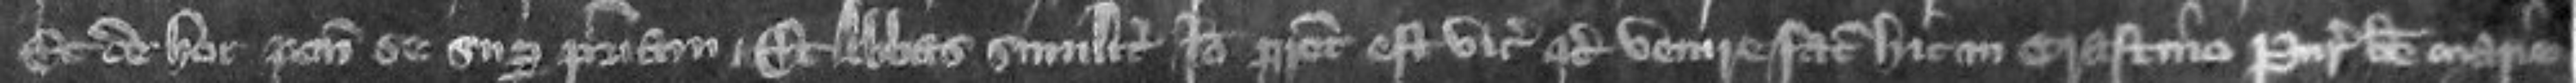
Et de hoc ponit se super patriam Et abbas similiter Ideo preceptum est vicecomiti quod venire faciat hic in crastino Purificationis Beate Marie